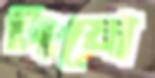
টায়ো